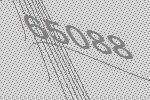
65088